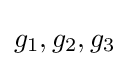
g_{1},g_{2},g_{3}